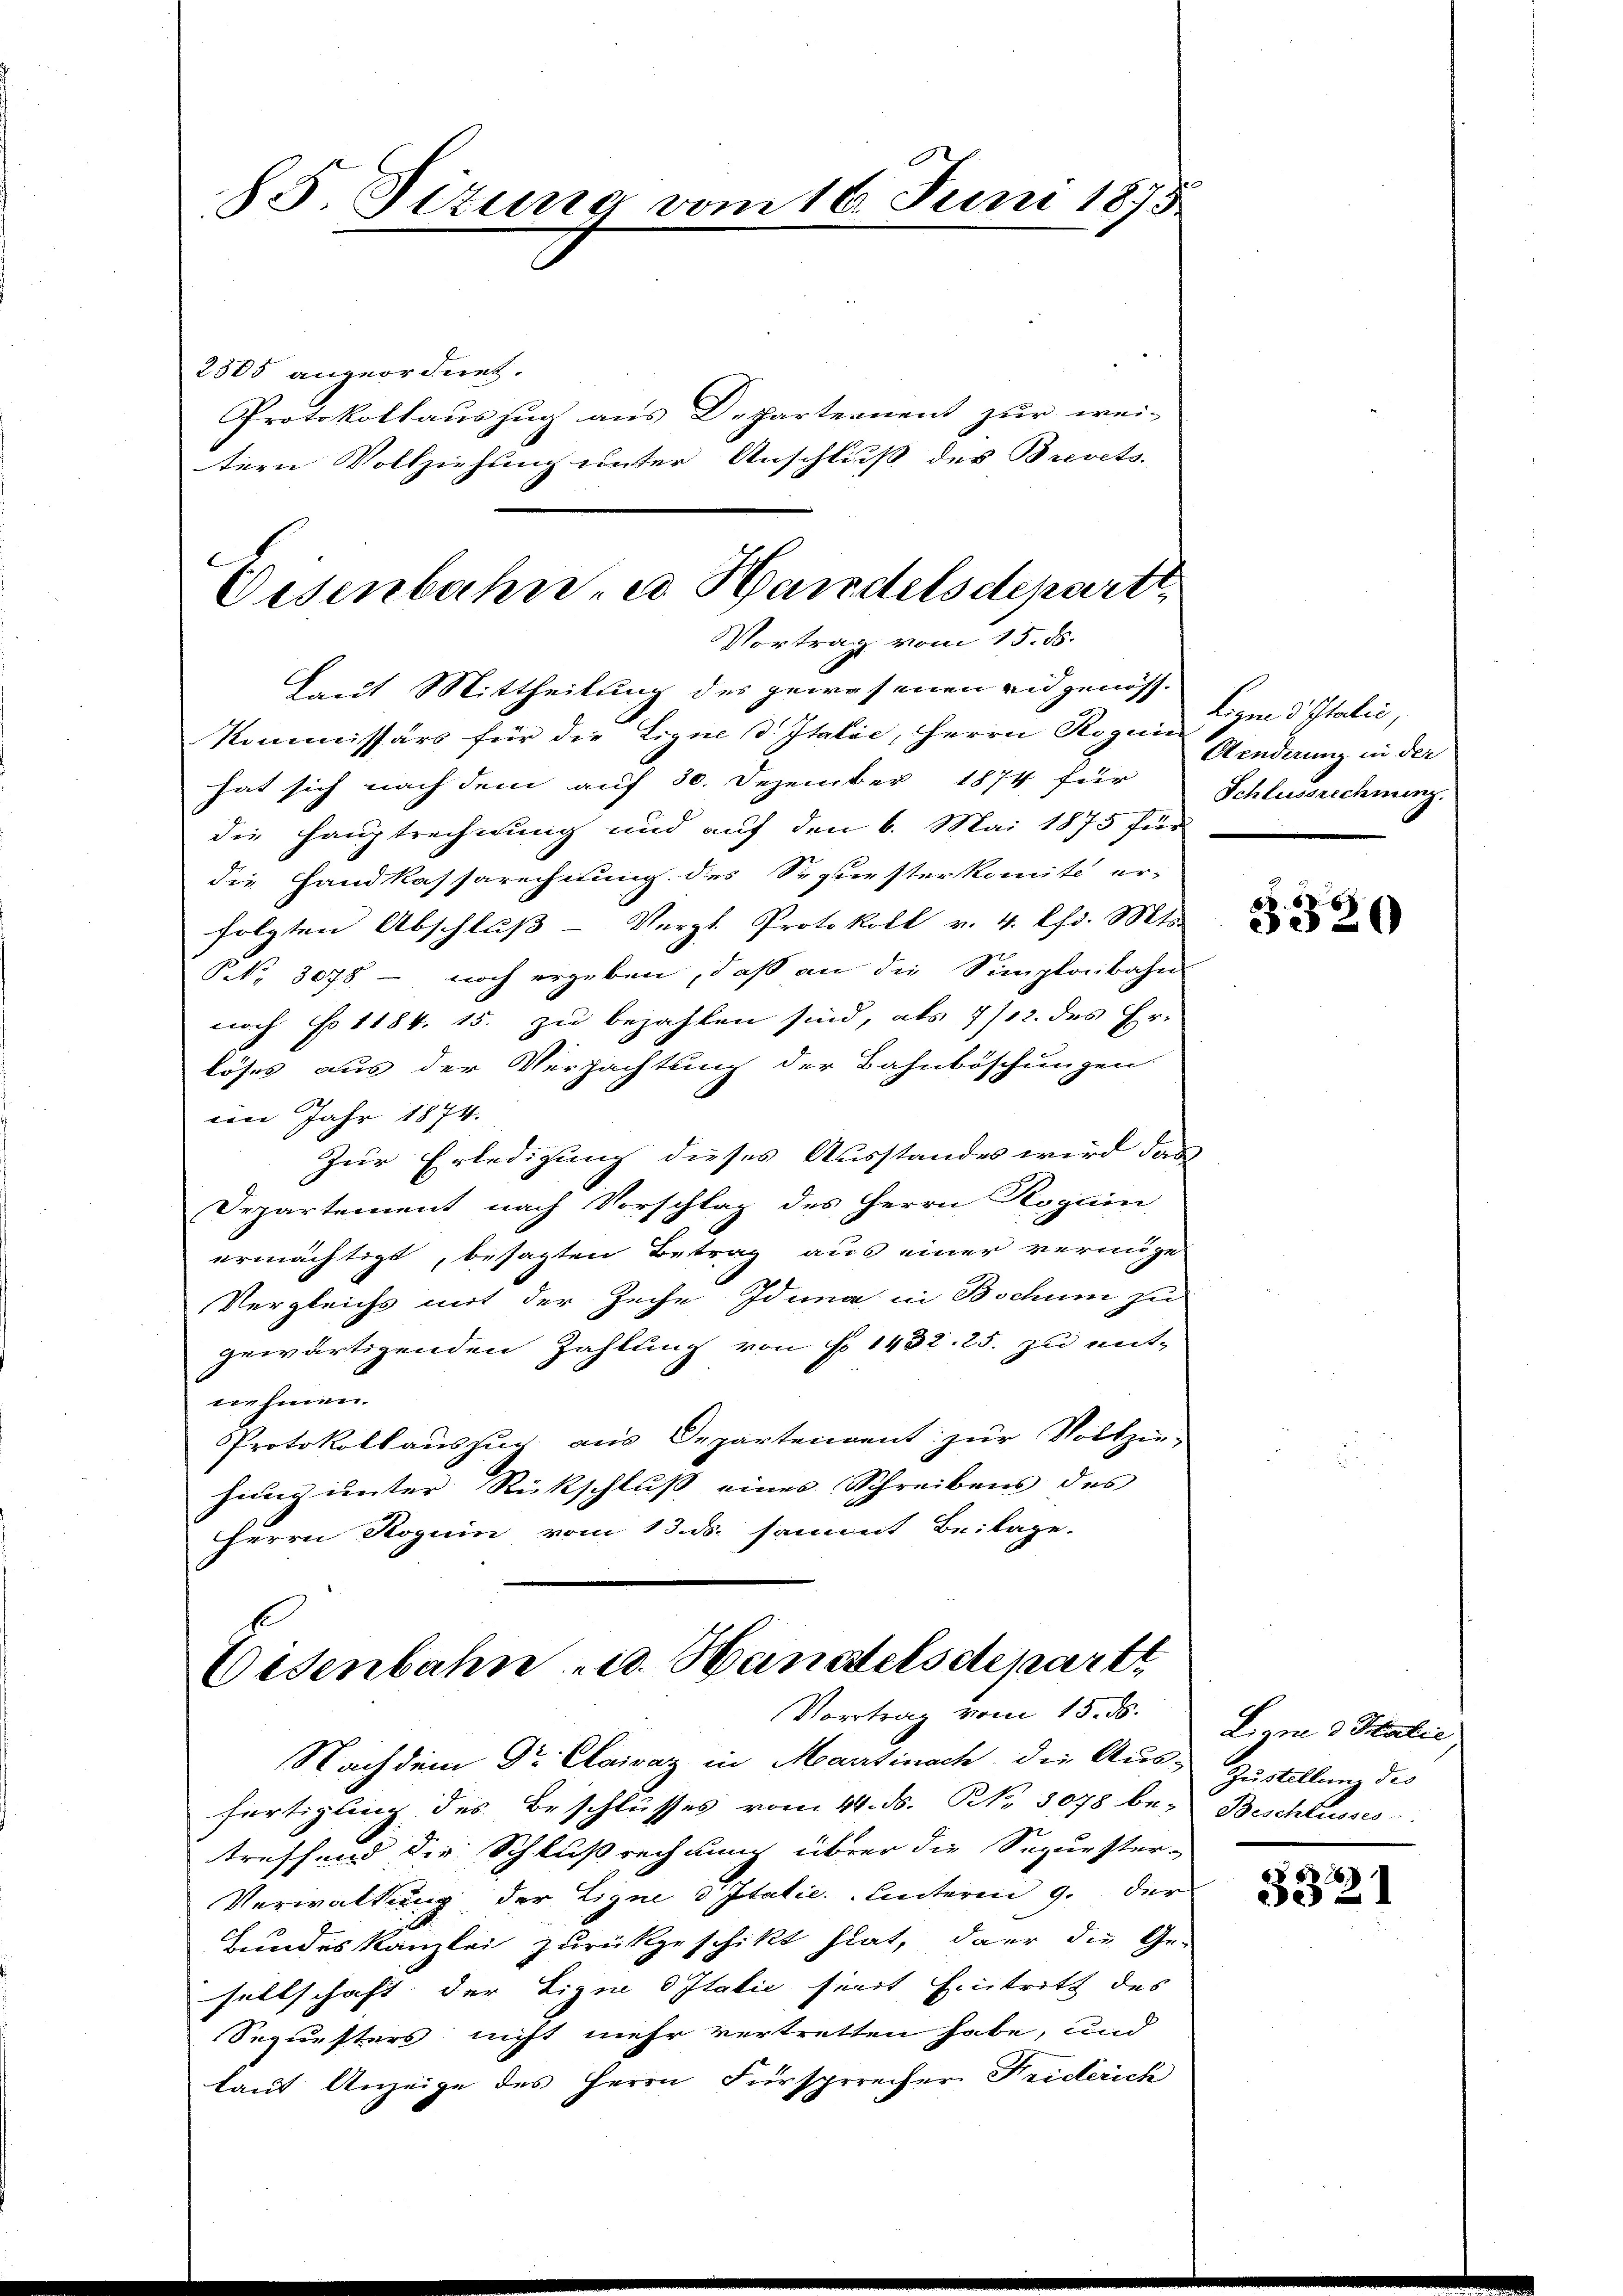
85. Situng vom 16. Juni 1875

2505 angeordnet.
Protokollauszug aus Departernent zur wei-
tern Vollziehung unter Anschluß des Brevets.

Eisenbahne Handelsdeparti,
Vortrag vom 15. ds.

Daut Mittheilung des gewesenen eidgenöss-
Kommissärs für die Eigne d. Italie, Herrn Rogen
hat sich nach dem auf 30. Dezember 1874 für Schlussrechmerz
die Hauptrechnung und auf den 6. Mai 1875 für
die Handkassarechnung des Sepursterkomité er-
folgten Abschluβ- Vergl. Protokoll v. 4. Chr. Mts.
NNo. 3078 - noch ergeben, daß an die Simploibahn
noch No 1184. 15. zu bezahlen sind, als 1/12. des Er-
löses aus der Verpachtung der Bahnböschungen.
ain Jahr 1874.
Zur Erledigung dieses Ausstandes wird das
Departement nach Vorschlag des Herrn Rogain
ermächtigt, besagten Betrag aus einer vermöge
Vergleichs mit der Zeiche Idena in Bochum zu
gewärtigenden Zahlung von No 1432. 25. zu mit-
nehmen.
Protokollauszug aus Departenvent zur Vollzie-
hang unter Rückschluß eines Schreibens des
Herrn Roguin vom 13. ds. sammt Beilage.

Eisenbahn eid. Handelsdeparte
Vortrag vom 15. ds.

Eigne d Italić,
Aenderung in der

Nachdem Dr. Clairaz in Martinach die Aus-Zustellung des
fertigung des Beschlusses vom 14. ds. N. 3078 be- Beschlusses
treffend die Schlußrechnung über die Sepurster-
Verwaltung der Ligne d Italie. Unterm 9. der
Bundeskanzlei zurückgeschikt hat, da er die Ge-
sellschaft der Ligen Italie siert Eintritt des
Sequesters nicht mehr vertretten habe, und
lauf Anzeige des Herrn Fürsprecher Friderich

§320

Ligne 3 Italie

6
321